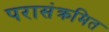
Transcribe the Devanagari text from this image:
परासंक्रमित